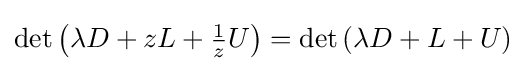
\det \left(\lambda D+zL+{\tfrac {1}{z}}U\right)=\det \left(\lambda D+L+U\right)